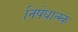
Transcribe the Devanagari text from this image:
निषेधात्म्क